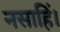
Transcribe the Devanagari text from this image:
नसाहिं।